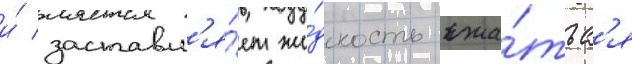
и́ заставл'я́ет жи́дкость сжа́тьс'я